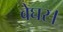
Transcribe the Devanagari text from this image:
बेघर।